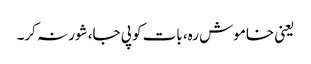
یعنی خاموش رہ، بات کو پی جا، شور نہ کر۔